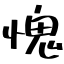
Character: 愧